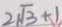
2 \sqrt { 3 } + 1